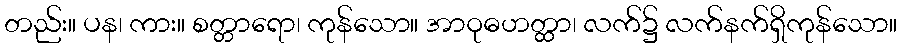
တည်း။ ပန၊ ကား။ စတ္တာရော၊ ကုန်သော။ အာဝုဓဟတ္ထာ၊ လက်၌ လက်နက်ရှိကုန်သော။